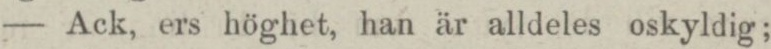
— Ack, ers höghet, han är alldeles oskyldig;